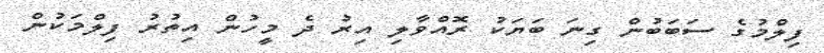
ފިލްމުގެ ސަބަބުން ގިނަ ބަޔަކު ރޮއްވާލި އިރު ދެ މީހުން އިތުރު ފިލްމަކުން